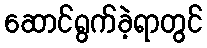
ဆောင်ရွက်ခဲ့ရာတွင်